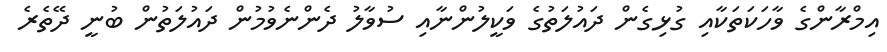
އިމްރާންގެ ވާހަކަތަކާއި ގުޅިގެން ދައުލަތުގެ ވަކީލުންނާއި ސުވާލު ދެންނެވުމުން ދައުލަތުން ބުނީ ދޭތެރެ